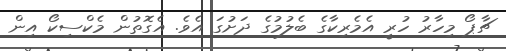
ޗާޕޯ މިހާރު ހުރީ އެމެރިކާގެ ބެލުމުގެ ދަށުގަ އެވެ. އެގޮތުން މެކްސިކޯ އިން